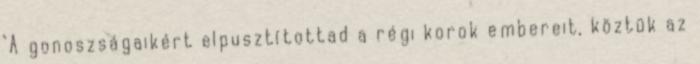
"A gonoszságaikért elpusztítottad a régi korok embereit, köztük az